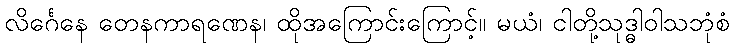
လိင်္ဂေနေ တေနကာရဏေန၊ ထိုအကြောင်းကြောင့်။ မယံ၊ ငါတို့သုဒ္ဓါဝါသဘုံစံ